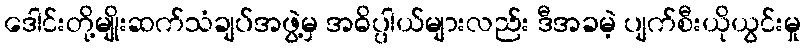
ဒေါင်းတို့မျိုးဆက်သံချပ်အဖွဲ့မှ အဓိပ္ပါယ်များလည်း ဒီအခမဲ့ ပျက်စီးယိုယွင်းမှု